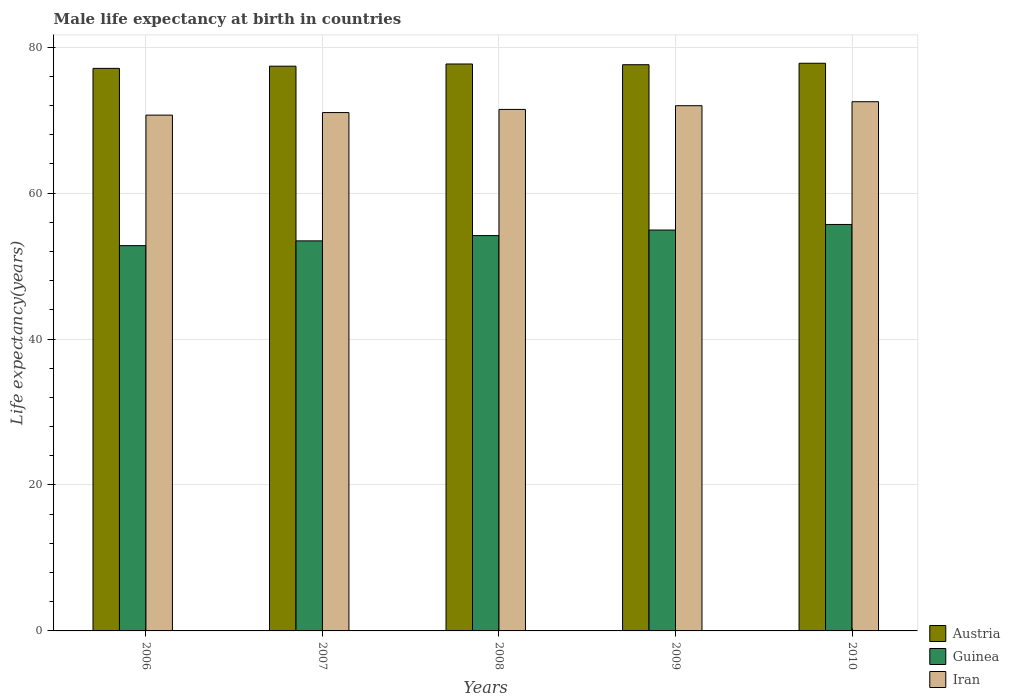
| Years | Austria | Guinea | Iran |
 | --- | --- | --- | --- |
 | 2006 | 77.1 | 52.8 | 70.7 |
 | 2007 | 77.4 | 53.5 | 71 |
 | 2008 | 77.7 | 54.2 | 71.5 |
 | 2009 | 77.6 | 54.9 | 72 |
 | 2010 | 77.8 | 55.7 | 72.5 |